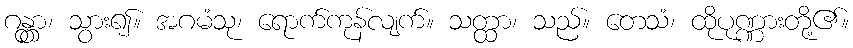
ဂန္တွာ၊ သွား၍။ အဂမံသု၊ ရောက်ကုန်လျက်။ သတ္ထာ၊ သည်။ တေသံ၊ ထိုပုဏ္ဏားတို့၏။